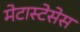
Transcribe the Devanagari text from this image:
मेटास्टेसेस